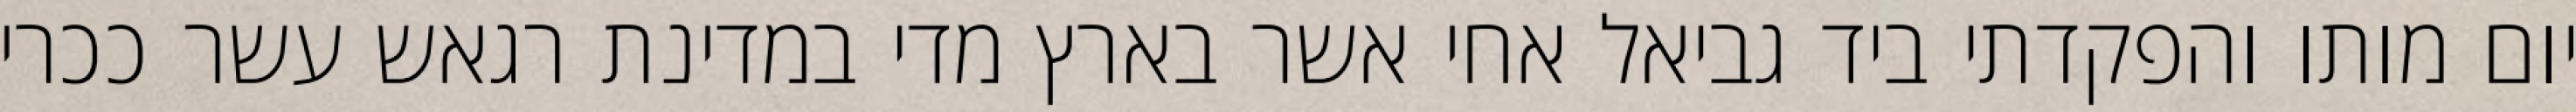
יום מותו והפקדתי ביד גביאל אחי אשר בארץ מדי במדינת רגאש עשר ככרי